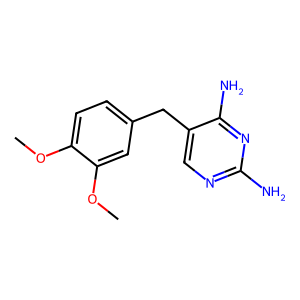
SMILES: COc1ccc(Cc2cnc(N)nc2N)cc1OC
Inhibits HIV replication: No